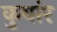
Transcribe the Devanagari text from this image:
कुवांर